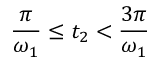
\frac { \pi } { \omega _ { 1 } } \le t _ { 2 } < \frac { 3 \pi } { \omega _ { 1 } }